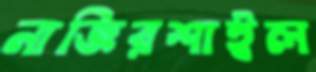
নাজিরশাইল